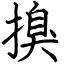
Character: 搝